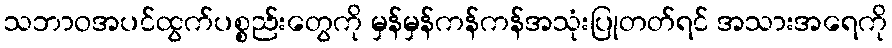
သဘာဝအပင်ထွက်ပစ္စည်းတွေကို မှန်မှန်ကန်ကန်အသုံးပြုတတ်ရင် အသားအရေကို